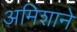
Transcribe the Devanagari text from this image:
अमिशाने